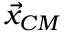
{ \vec { x } } _ { C M }